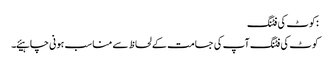
:کوٹ کی فٹنگ
کوٹ کی فٹنگ آپ کی جسامت کے لحاظ سے مناسب ہونی چاہیئے۔